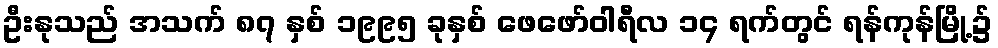
ဦးနုသည် အသက် ၈၇ နှစ် ၁၉၉၅ ခုနှစ် ဖေဖော်ဝါရီလ ၁၄ ရက်တွင် ရန်ကုန်မြို့၌